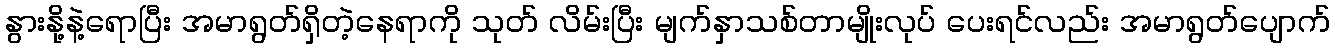
နွားနို့နဲ့ရောပြီး အမာရွတ်ရှိတဲ့နေရာကို သုတ် လိမ်းပြီး မျက်နှာသစ်တာမျိုးလုပ် ပေးရင်လည်း အမာရွတ်ပျောက်